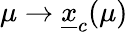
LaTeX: \mu\to\underline{{x}}_{c}(\mu)